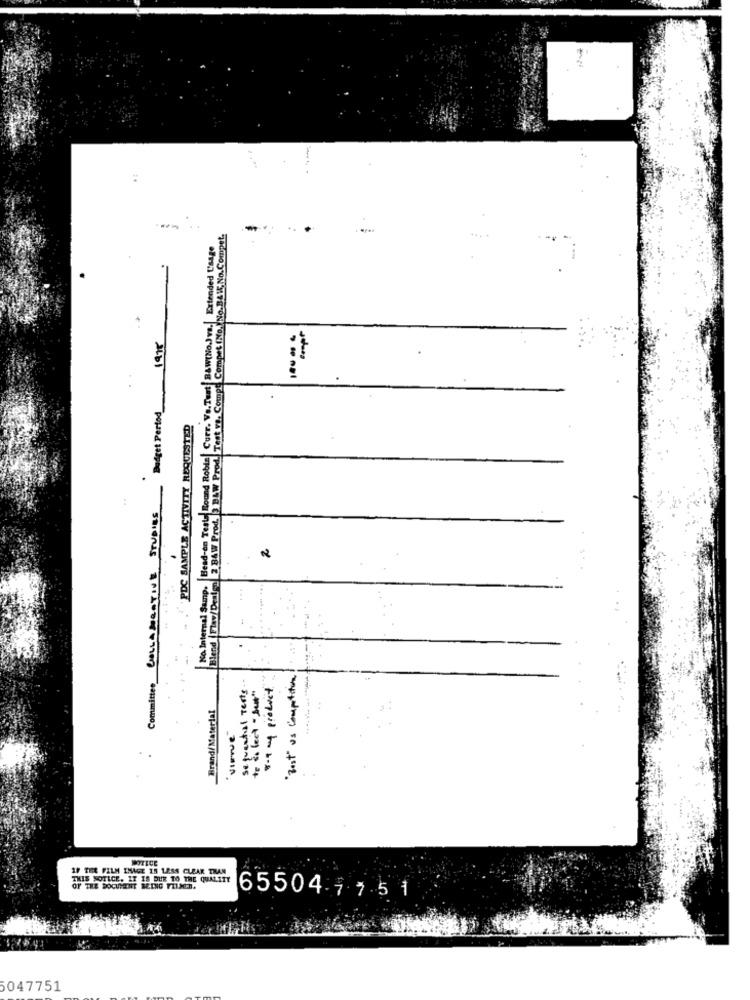
Blend | Flav/Design 3 BAW Prod. BAW Prod. Test vs. Compt Compet (No, No.BAW, No.Compet,
No Internal Samp. Head-on Teste Round Robin| Curr. Va.Tust| Baw(No.)va.| Extended Usage
1975
COLLABORATIVE STUDIES Budget Pertod
PDC SAMPLE ACTIVITY REQUESTED
:
..
"Best" us Competition !
Committee_
Sequential tests
8 .4 mg product
Brand/Material
IF TER FILM IMAGE IS LESS CLEAR TILAN
THIS NOTICE. IT IS DUE TO THE QUALITY
OF THE DOCUMENT BEING TILSON.
65504 77 5 1
5047751